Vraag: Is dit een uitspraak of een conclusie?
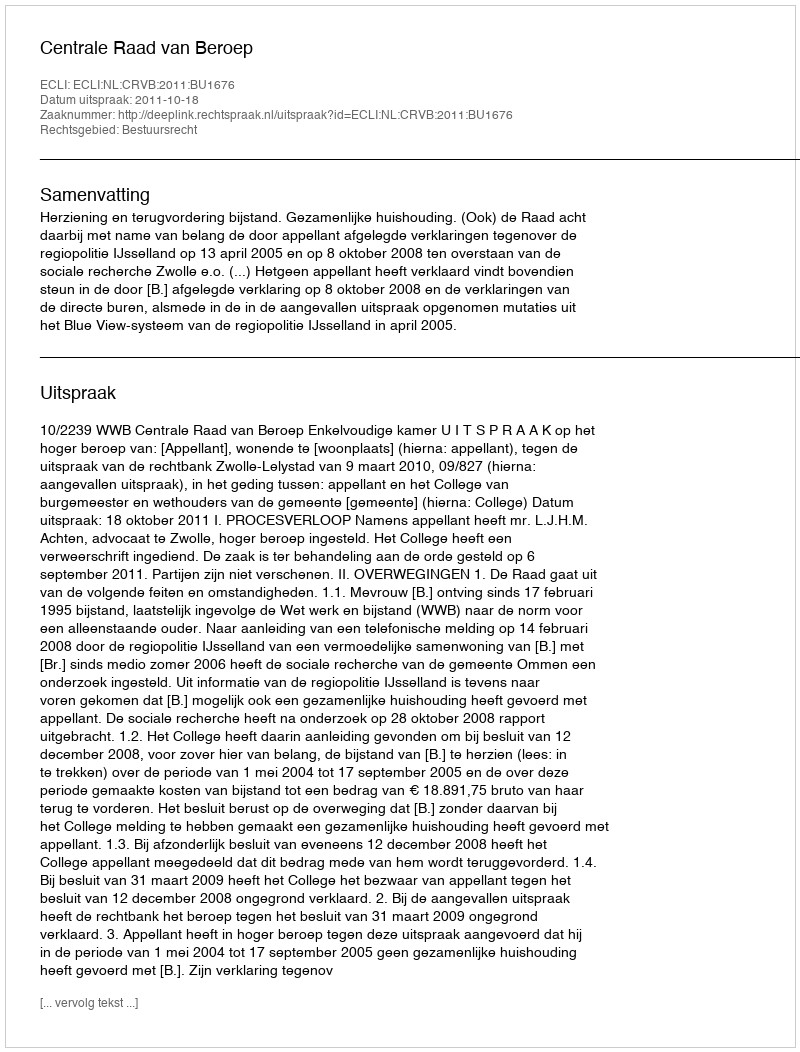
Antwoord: Uitspraak